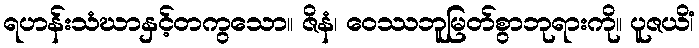
ရဟန်းသံဃာနှင့်တကွသော။ ဇိနံ၊ ဝေဿဘူမြတ်စွာဘုရားကို။ ပူဇယိံ၊